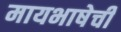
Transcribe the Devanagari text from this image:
मायभाषेची